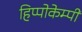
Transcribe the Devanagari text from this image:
हिप्पोकेम्पी